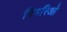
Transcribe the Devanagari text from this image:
बिमरिओ